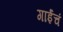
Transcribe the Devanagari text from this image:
गाईंचं